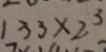
1 3 3 \times 2 ^ { 3 }